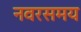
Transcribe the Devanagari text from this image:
नवरसमय